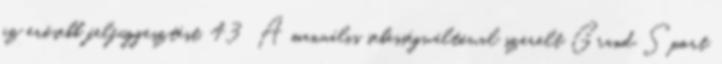
az erősebb felfüggesztést. 43 A manuális sebességváltóval szerelt Grand Sport